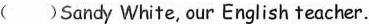
( )Sandy White, our English teacher.